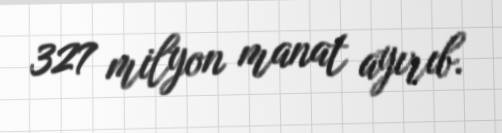
327 milyon manat ayırıb.